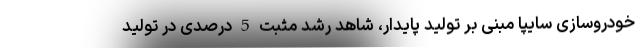
خودروسازی سایپا مبنی بر تولید پایدار، شاهد رشد مثبت 5 درصدی در تولید